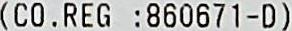
(CO. REG :860671-D)